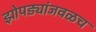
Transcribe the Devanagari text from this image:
झोपड्यांजवळच